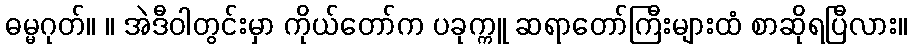
ဓမ္မဂုတ်။ ။ အဲဒီဝါတွင်းမှာ ကိုယ်တော်က ပခုက္ကူ ဆရာတော်ကြီးများထံ စာဆိုရပြီလား။